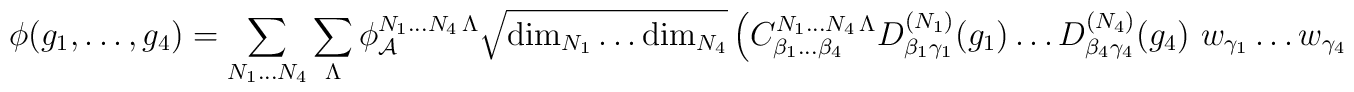
\phi(g_1,\ldots,g_4) = \sum_{N_1\ldots N_4} \sum_\Lambda \phi_{\cal A}^{N_1\ldots N_4\,\Lambda} \sqrt{{\rm dim}_{N_1}\ldots {\rm dim}_{N_4}} \left({C}^{N_1\ldots N_4\,\Lambda}_{\beta_1\ldots\beta_4} D^{(N_1)}_{\beta_1\gamma_1}(g_1) \ldots D^{(N_4)}_{\beta_4\gamma_4}(g_4)\ w_{\gamma_1}\ldots w_{\gamma_4}\ \right).